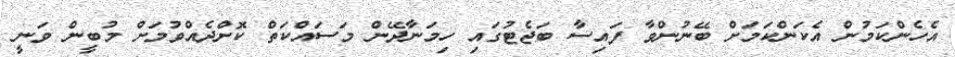
އެހެންކަމުން އެކަންކަމަށް ބޭނުންވާ ފައިސާ ބަޖެޓުގައި ހިމަނާދޭން މަސައްކަތް ކޮށްދެއްވުމަށް މުބީން ވަނީ